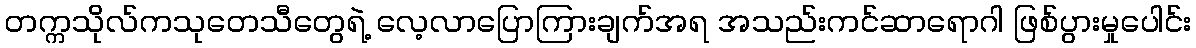
တက္ကသိုလ်ကသုတေသီတွေရဲ့ လေ့လာပြောကြားချက်အရ အသည်းကင်ဆာရောဂါ ဖြစ်ပွားမှုပေါင်း